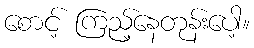
စောင့် ကြည့်နေတုန်းပေါ့။